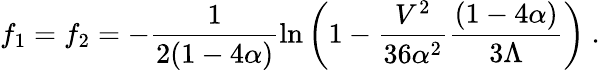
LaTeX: f_{1}=f_{2}=-\frac{1}{2(1-4\alpha)}\ln\left(1-\frac{V^{2}}{36\alpha^{2}}\frac{(1-4\alpha)}{3\Lambda}\right)~.